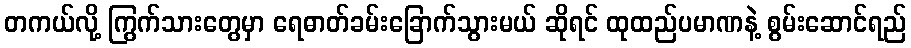
တကယ်လို့ ကြွက်သားတွေမှာ ရေဓာတ်ခမ်းခြောက်သွားမယ် ဆိုရင် ထုထည်ပမာဏနဲ့ စွမ်းဆောင်ရည်